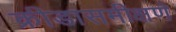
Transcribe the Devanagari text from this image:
क्रीडासमीक्षणे